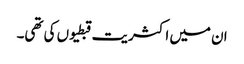
ان میں اکثریت قبطیوں کی تھی۔